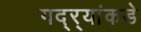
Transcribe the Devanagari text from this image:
गद्र्‍यांकडे